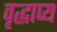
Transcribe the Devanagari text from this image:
वृद्धाप्य